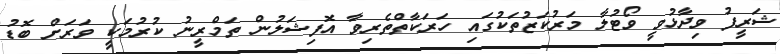
ޝަރީފު ވިދާޅުވީ ވޯޓުލާ މަރުކަޒުތަކުގައި ހަރަކާތްތެރިވާ އޮފިޝަލުން ތަމްރީނު ކުރުމަކީ ވަރަށް ބޮޑު